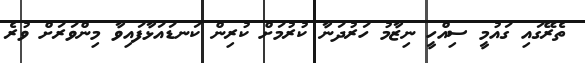
ތެރޭގައި ގައުމީ ސިއްހީ ނިޒާމު ހަރުދަނާ ކުރުމަށް ކުރިން ކަނޑައަޅާފައިވާ މިންވަރަށް ވުރެ